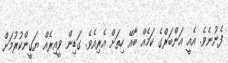
ފެނުނެވެ. އެއީ އަންބަރްގެ ކަމެއް ބާއޭ ހިތަށް އެރިއެވެ. ގަޑިން ވީއިރެއް ޔަގީންކުރުމަށް